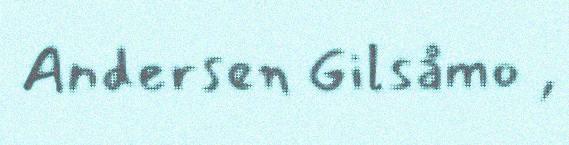
Andersen Gilsåmo ,